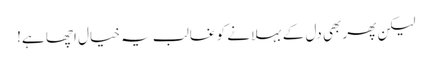
لیکن پھر بھی دل کے بہلانے کو غالب یہ خیال اچھا ہے!